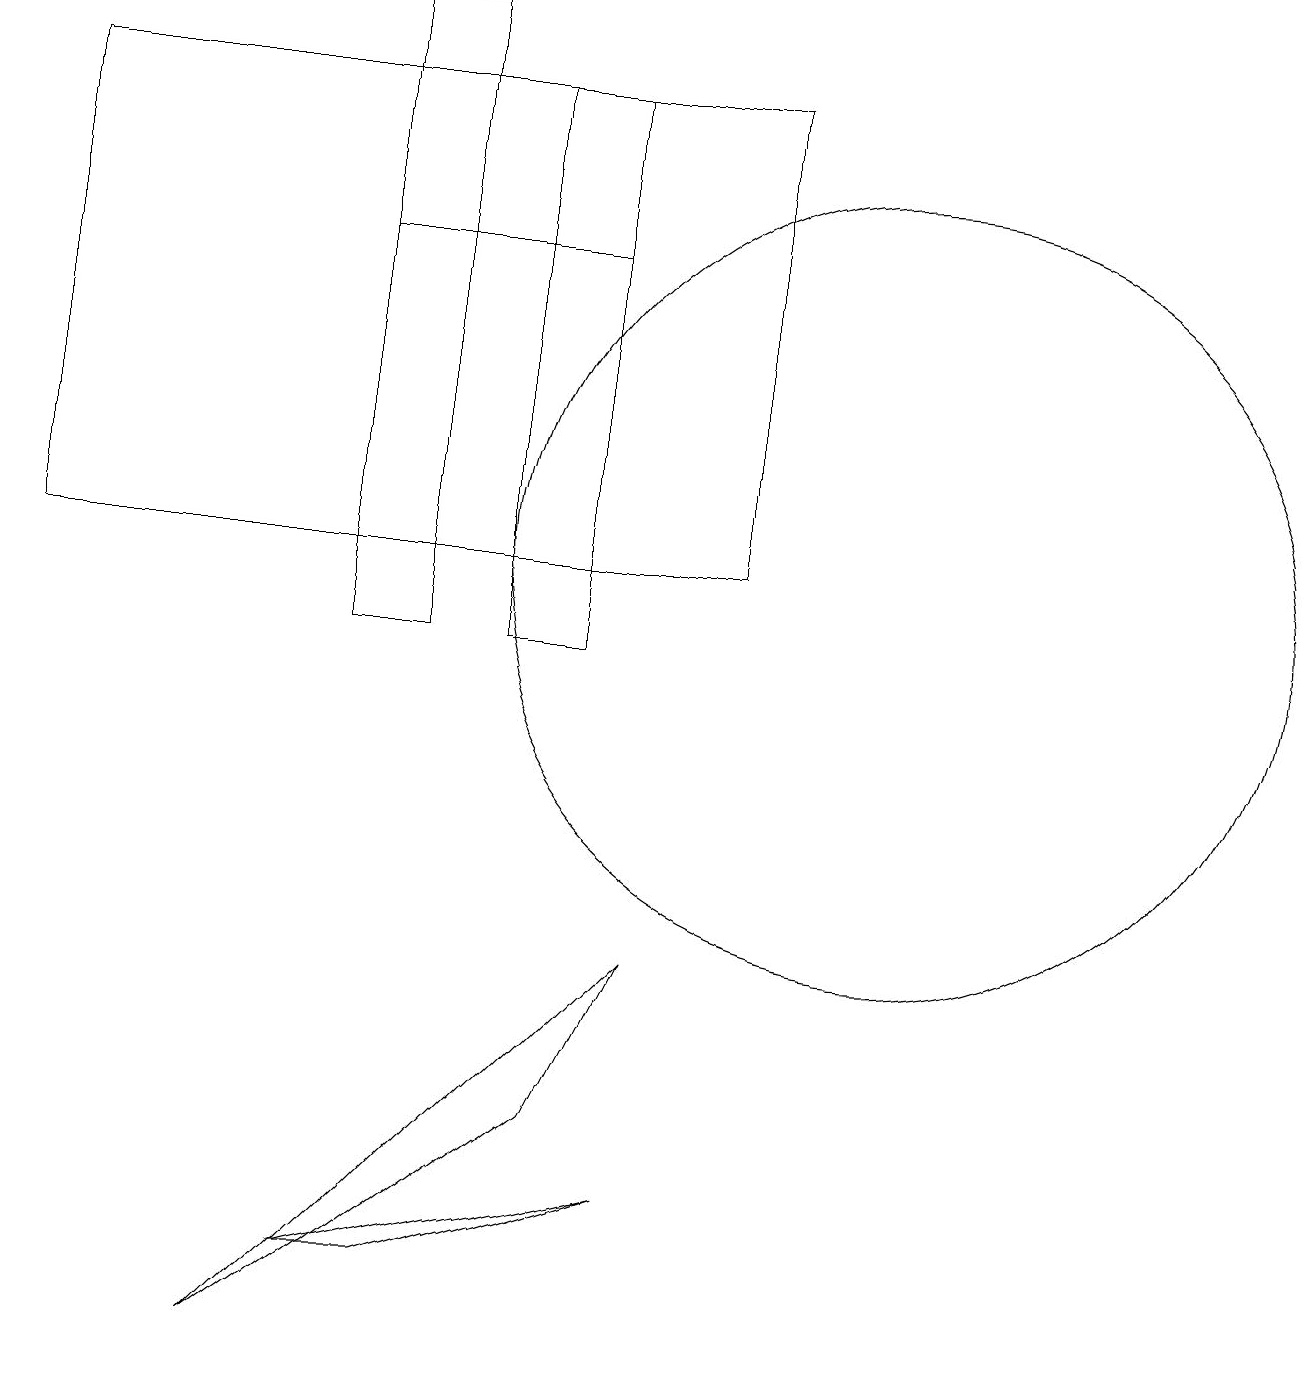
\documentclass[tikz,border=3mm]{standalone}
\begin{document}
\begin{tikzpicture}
\draw (7,10) rectangle (6,17);
\draw (11,11) circle (5);
\draw (7,15) rectangle (4,15);
\draw (3,11) rectangle (5,11);
\draw (4,2) -- (8,3) -- (5,2) -- cycle;
\draw (0,11) rectangle (9,17);
\draw (7,4) -- (8,6) -- (3,1) -- cycle;
\draw (4,18) rectangle (5,10);
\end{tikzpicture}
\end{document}